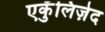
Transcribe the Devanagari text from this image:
एकुँलिज़ेद